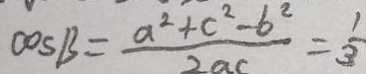
\cos B = \frac { a ^ { 2 } + c ^ { 2 } - b ^ { 2 } } { 2 a c } = \frac { 1 } { 3 }